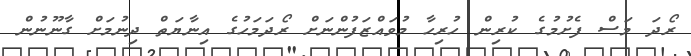
ރޯދަ މަސް ފެށުމުގެ ކުރިން ހުރިހާ މުވައްޒަފުންނަށް ރޯދަމަހުގެ އިނާޔަތް ދިނުމަށް ގާނޫނުން